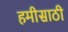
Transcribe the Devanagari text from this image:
हमीसाठी